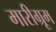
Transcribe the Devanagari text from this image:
मारीग्रूम